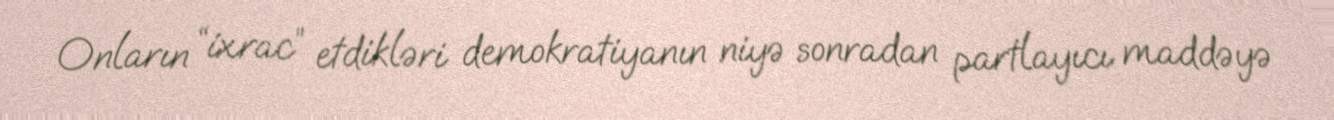
Onların “ixrac” etdikləri demokratiyanın niyə sonradan partlayıcı maddəyə